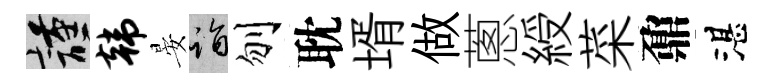
謹韩晏诣刎耽壻做蔥綬菜鼐湛